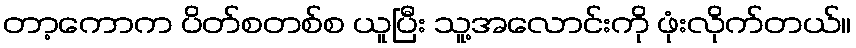
တာ့ကောက ပိတ်စတစ်စ ယူပြီး သူ့အလောင်းကို ဖုံးလိုက်တယ်။